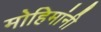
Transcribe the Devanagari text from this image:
मोहिमांनी